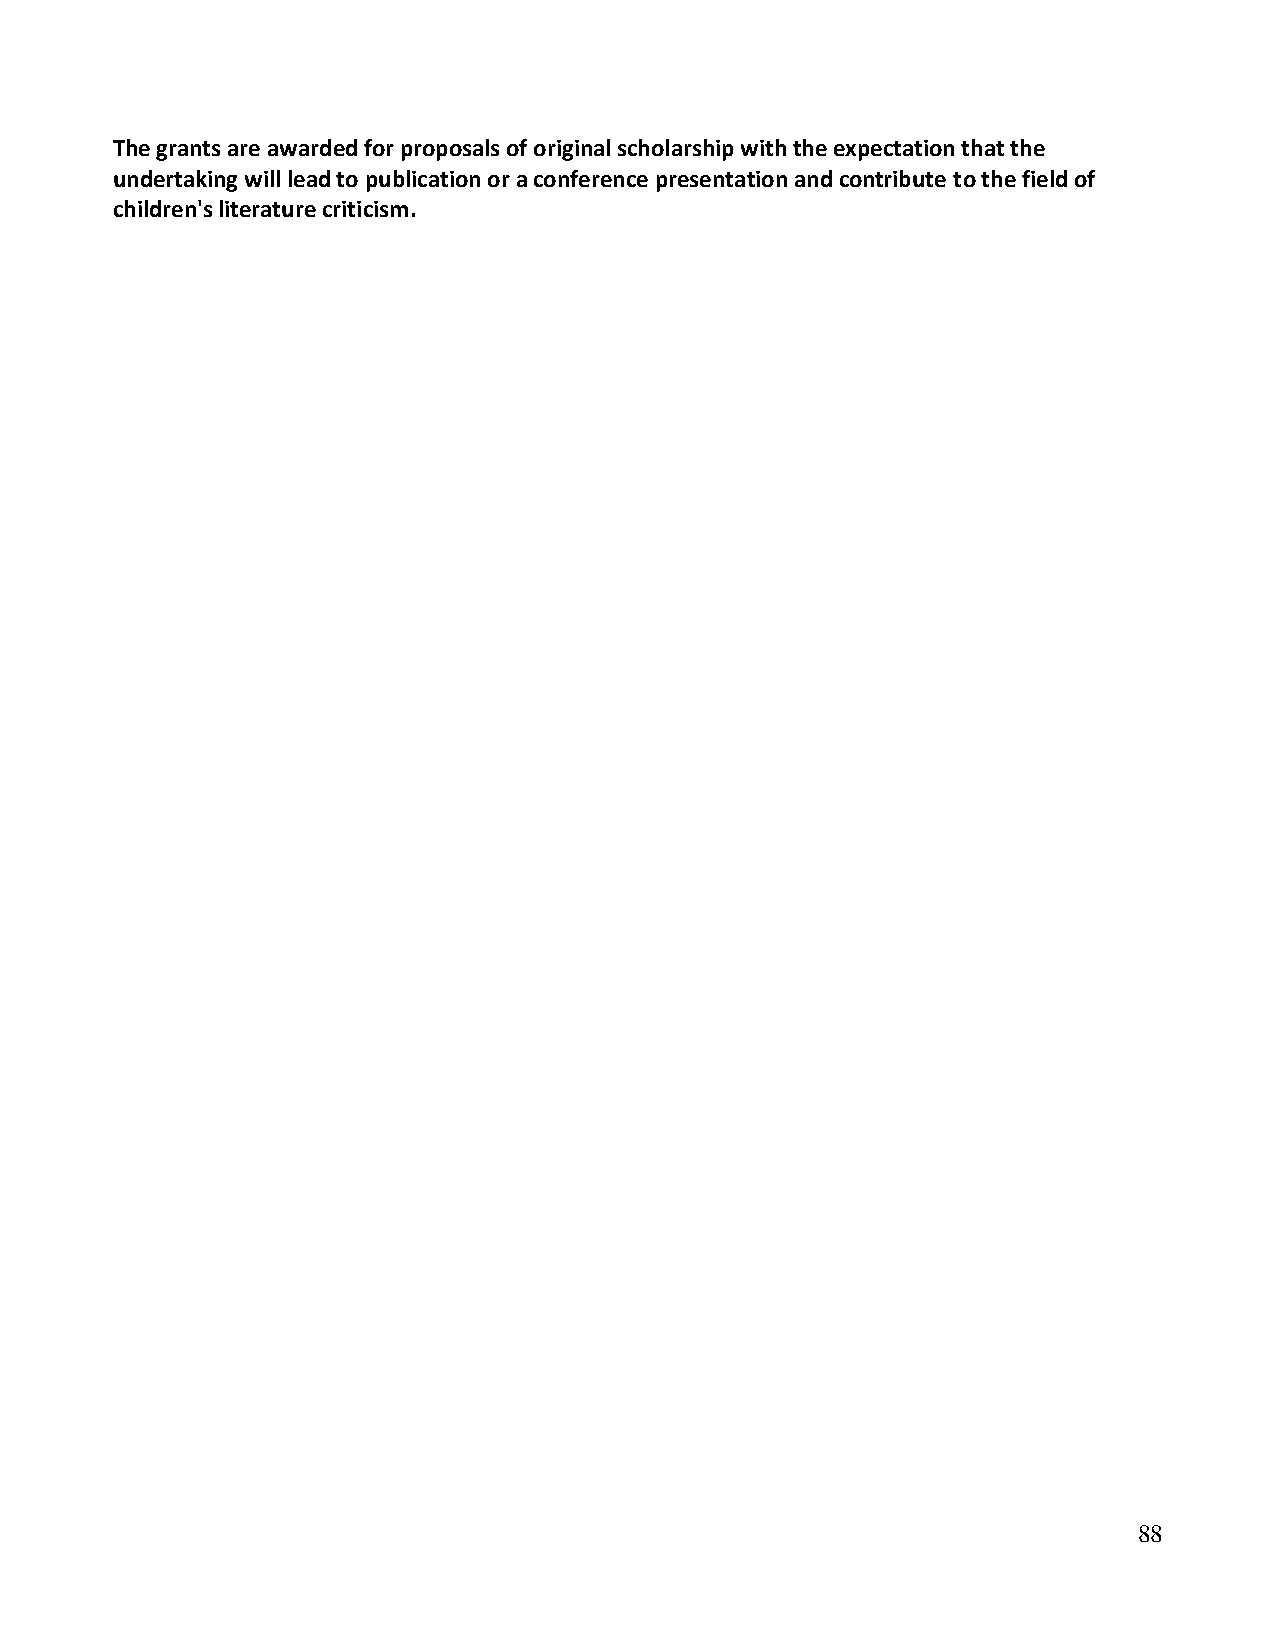
The grants are awarded for proposals of original scholarship with the expectation that the
 undertaking will lead to publication or a conference presentation and contribute to the field of
 children's literature criticism.
 88